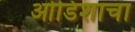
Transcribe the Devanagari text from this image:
ओडिशाचा